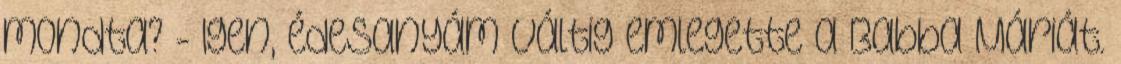
mondta? - Igen, édesanyám váltig emlegette a Babba Máriát.